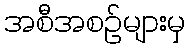
အစီအစဉ်များမှ